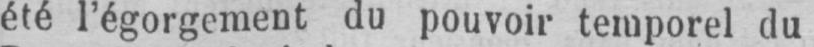
été l’égorgement du pouvoir temporel du